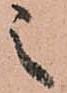
之